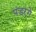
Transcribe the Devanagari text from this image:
पंडरगे